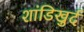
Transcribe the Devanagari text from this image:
शांडिखुर्द